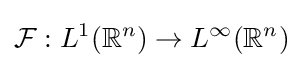
{\mathcal {F}}:L^{1}(\mathbb {R} ^{n})\to L^{\infty }(\mathbb {R} ^{n})